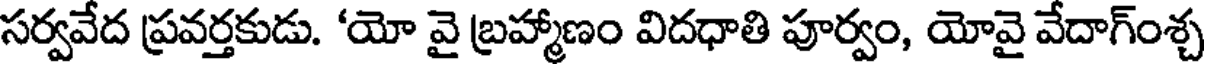
సర్వవేద ప్రవర్తకుడు. 'యో వై బ్రహ్మాణం విదధాతి పూర్వం, యోవై వేదాగ్ంశ్చ